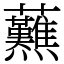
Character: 䖄